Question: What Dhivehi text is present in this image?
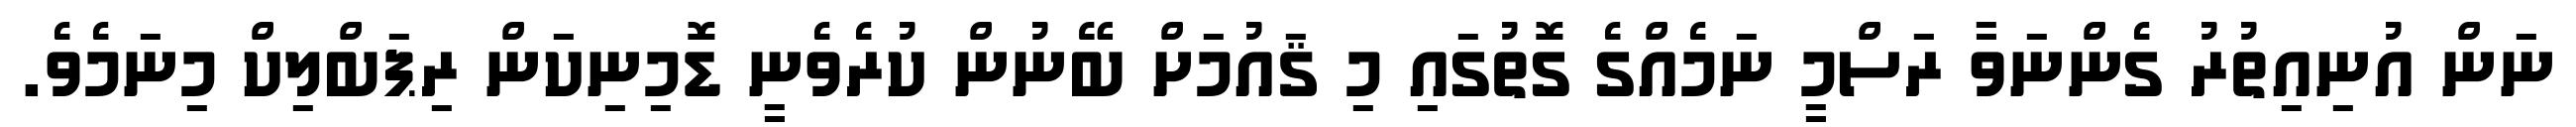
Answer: ނަން އުނިއިތުރު ގެންނަވާ ރަސްމީ ނަމެއްގެ ގޮތުގައި މި ޤައުމަށް ބޭނުން ކުރެވެނީ ޑޮމިނިކަން ރިޕަބްލިކް މިނަމެވެ.